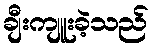
ချီးကျူးခဲ့သည်